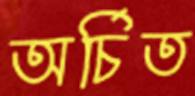
অর্চিত